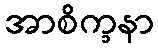
အာစိက္ခနာ